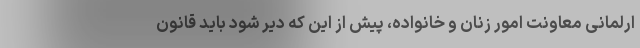
ارلمانی معاونت امور زنان و خانواده، پیش از این که دیر شود باید قانون